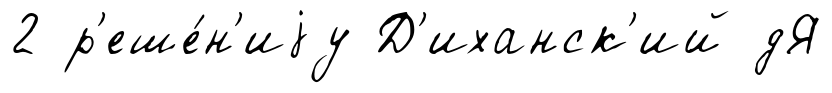
2 р'еше́н'иjу Д'иханск'ий дЯ